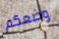
وضعكم